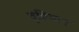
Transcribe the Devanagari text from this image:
वृष्टिमान